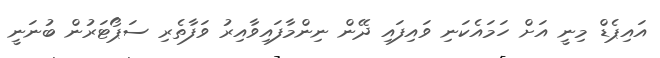
އައިޕެޑް މިނީ އަށް ހަމައެކަނި ވައިފައި ދޭން ނިންމާފައިވާއިރު ވަފާތެރި ސަޕޯޓަރުން ބުނަނީ